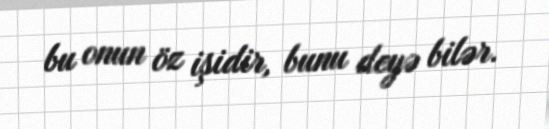
bu onun öz işidir, bunu deyə bilər.